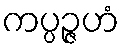
ကပ္ပဉ္ဇဟံ